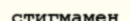
стигмамен